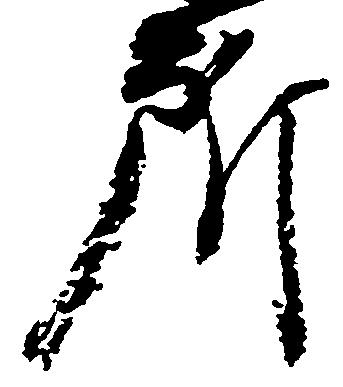
所